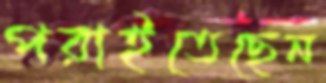
পরাইতেছেন